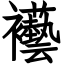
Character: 襼